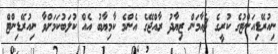
ނިއުރޭޑިއަންޓުގެ ކުރީގެ ޗެއާމަން ޒިޔާދު ރާއްޖޭގެ އެންމެ ކާމިޔާބު އެއް ކުލަބުކަމަށްވާ ނިއުރޭޑިންޓް